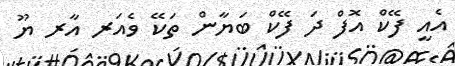
އެއީ ފޭކް އޮފް ދަ ފޭކް ބަޔާން ތަކޭ ވެއަރ އާރ ޔޫ